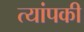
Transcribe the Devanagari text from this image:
त्यांपकी